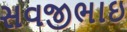
સવજીભાઇ